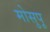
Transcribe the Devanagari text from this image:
मोसुपू